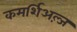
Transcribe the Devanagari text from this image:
कमर्शिअल्ज़